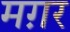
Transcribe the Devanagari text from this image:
मग़र